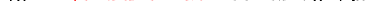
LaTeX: \smash{\gamma_{0}=\ensuremath{\mathrm{\ textsl{v}}_{0}}^{2}/\mu}